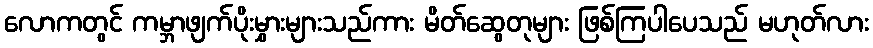
လောကတွင် ကမ္ဘာဖျက်ပိုးမွှားများသည်ကား မိတ်ဆွေတုများ ဖြစ်ကြပါပေသည် မဟုတ်လား